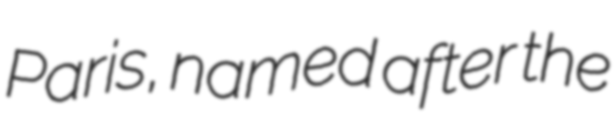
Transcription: Paris, named after the